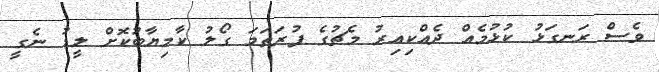
ވެސް ރަނގަޅު ކުޅުމެއް ދެއްކިއިރު މެޗުގެ ފުރަތަމަ ގޯލު ކާމިޔާބުކޮށް ލީޑު ނެގީ